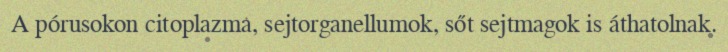
A pórusokon citoplazma, sejtorganellumok, sőt sejtmagok is áthatolnak.